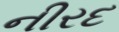
નીરદ